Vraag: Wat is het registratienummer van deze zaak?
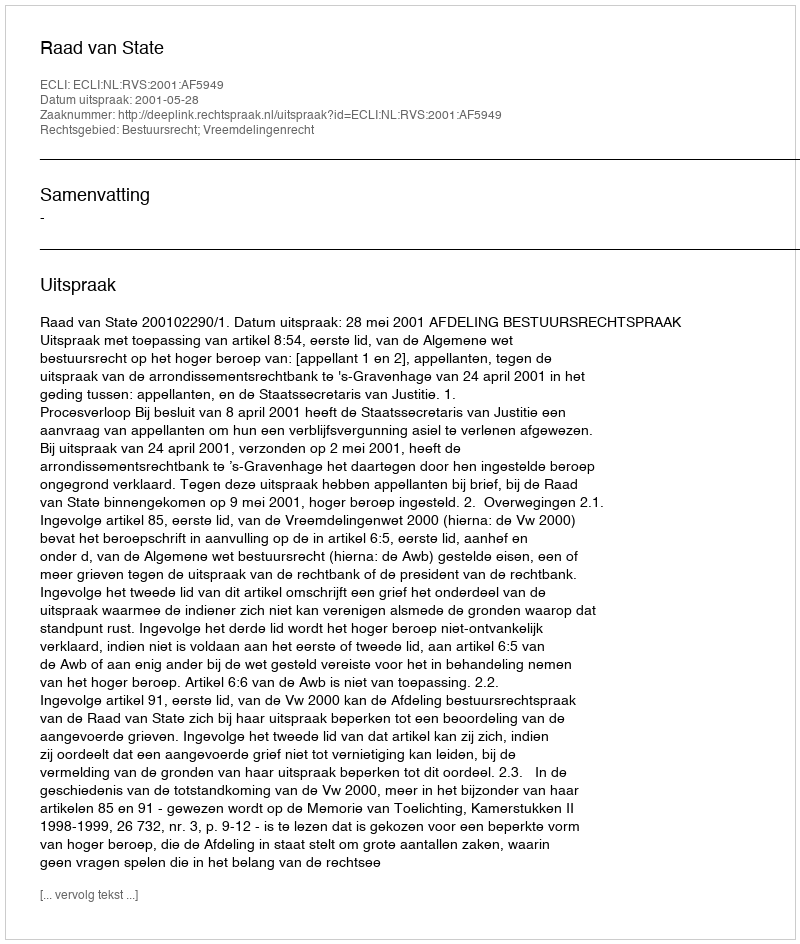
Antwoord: http://deeplink.rechtspraak.nl/uitspraak?id=ECLI:NL:RVS:2001:AF5949